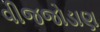
વીજજોડાણ